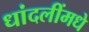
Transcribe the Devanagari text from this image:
धांदलींमधे